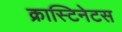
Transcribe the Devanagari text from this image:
क्रास्टिनेटस